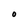
Character: O